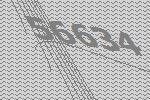
56634